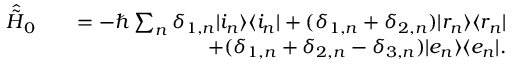
\begin{array} { r l r } { \hat { \tilde { H } } _ { 0 } } & { } & { = - \hbar \sum _ { n } \delta _ { 1 , n } \vert i _ { n } \rangle \langle i _ { n } \vert + ( \delta _ { 1 , n } + \delta _ { 2 , n } ) \vert r _ { n } \rangle \langle r _ { n } \vert } \\ & { } & { + ( \delta _ { 1 , n } + \delta _ { 2 , n } - \delta _ { 3 , n } ) \vert e _ { n } \rangle \langle e _ { n } \vert . } \end{array}